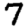
Digit: 7